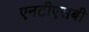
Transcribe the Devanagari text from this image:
एनटीएसबी